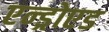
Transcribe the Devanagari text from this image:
एन्ड्रोएड